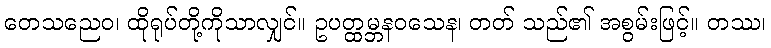
တေသညေဝ၊ ထိုရုပ်တို့ကိုသာလျှင်။ ဥပတ္ထမ္ဘနဝသေန၊ တတ် သည်၏ အစွမ်းဖြင့်။ တဿ၊